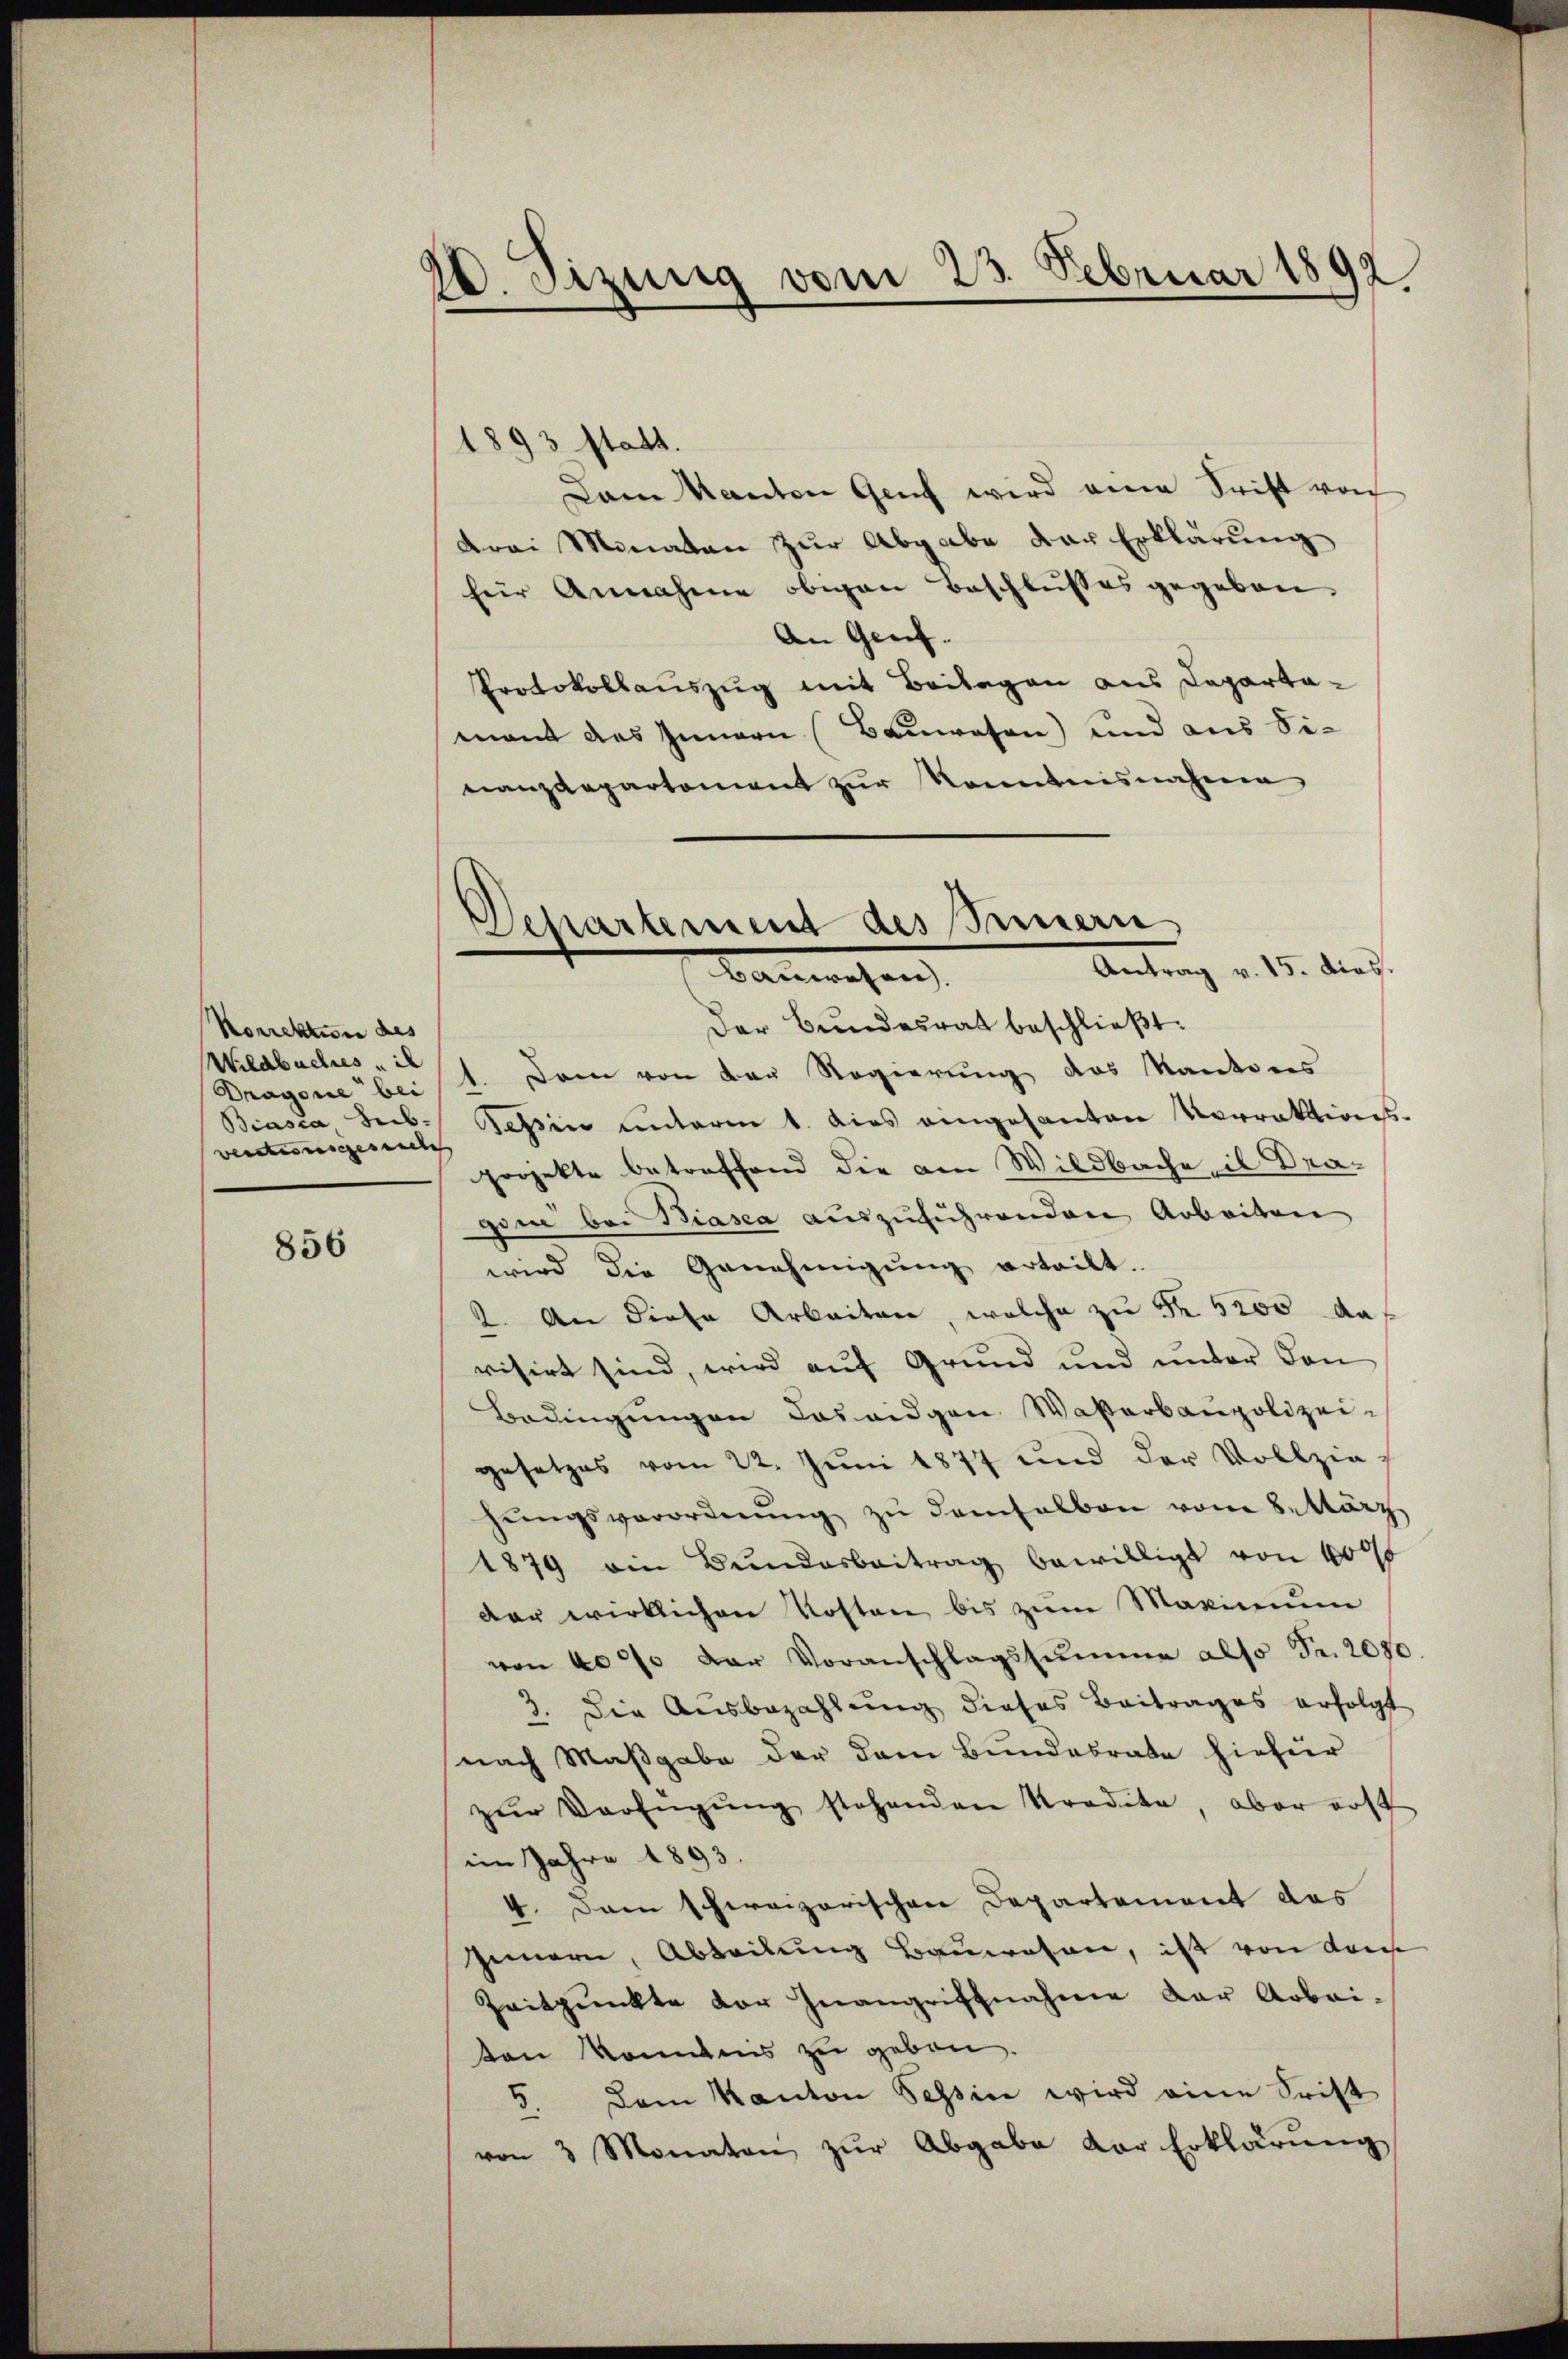
Korrektion des
Wildbaches is
Dragone bei
Biasca Seb.
versteinsgesuche |

856

20. Sizung vom 23. Februar 1892

Departement des Innern
Antrag v. 15. dies.
Bauwesen

1893 statt.
Dam Kanton Genf wird eine Trift von
drei Minaten zŭr Abgabe der Erklärung
für Annahme obigen Beschlusses gegeben.
An Genf.
Protokollauszug mit Beilagen aus Departa-
mant das Innern (Bauwesen) und aus Sinanzdepartement zur Kenntnisnahme
Der Bundesrat beschließt:
1. Dann von den Regierung des Kantons
Tessin unterm 1. dies eingesanten Vorraktions-
projekte betreffend die am Wildbache in Dragim bei Biasca auszuführenden Arbeiten
wird die Genehmigung erteilt.
2. An diese Arbeiten, welche zu Fr. 5200 das
visirt sind, wird auf Grund und unter den
Bedingungen Los eidgen Waßerbaupolizeigesetzes vom 22. Juni 1877 und der Vollziehŭngsverordnŭng zŭ demselben vom 8.tärz
1879 ein Bŭndesbeitrag bewilligt von 4000
dar wirklichen Kosten bis zum Maximum
von 40% der Voranschlagssumme also Fr. 2080.
3. Die Aŭsbezahlŭng dieses Beitrages erfolgt
nach Maßgabe der dem Bundesrate hiefür
zŭr Verfügŭng stehenden Tradita, aber erst
im Jahre 1893.
4. Dann schweizerischen Departement das
seinern, Abteilung Bauwesen, ist von dem
Zeitpunkte der Inangriffnahme der Arbei-
ten konis zu geben.
5. Dem Kanton Tessin wird eine Frist
von 3 Monaten zŭr Abgabe der Erklärŭng